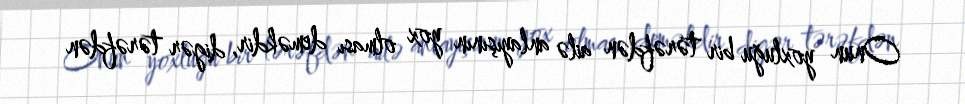
Onun yoxluğu bir tərəfdən ailə anlayışının yox olması deməkdir, digər tərəfdən